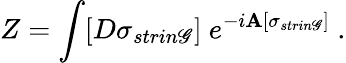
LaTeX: Z=\int[D\sigma_{strin\mathscr{G}}]\ e^{-i{\sf\mathbf{A}}[\sigma_{strin\mathscr{G}}]}\ .